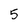
Character: 5